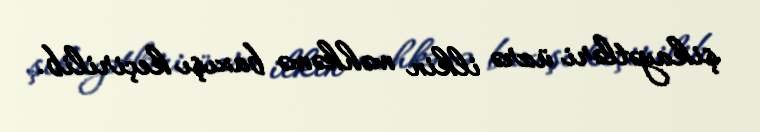
şikayətləri üzrə ilkin məhkəmə baxışı keçirilib.